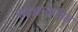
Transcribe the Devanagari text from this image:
पाइओन्फ्रेसिस